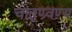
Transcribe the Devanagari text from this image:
चातुण्र्वण्य